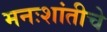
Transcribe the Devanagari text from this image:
मनःशांतीचे